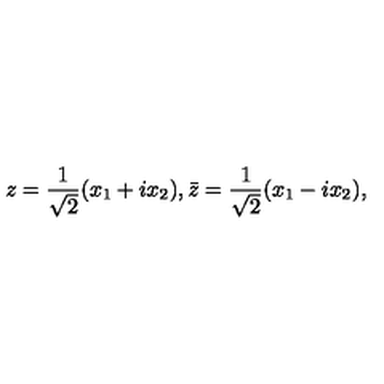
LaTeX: z = \frac { 1 } { \sqrt { 2 } } ( x _ { 1 } + i x _ { 2 } ) , \bar { z } = \frac { 1 } { \sqrt { 2 } } ( x _ { 1 } - i x _ { 2 } ) ,